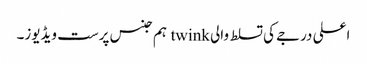
اعلی درجے کی تسلط والی twink ہم جنس پرست ویڈیوز۔